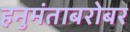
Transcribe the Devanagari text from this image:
हनुमंताबरोबर